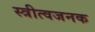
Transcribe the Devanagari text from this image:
स्त्रीत्वजनक